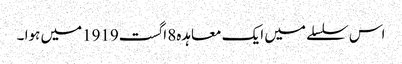
اس سلسلے میں ایک معاہدہ8 اگست1919میں ہوا ۔